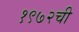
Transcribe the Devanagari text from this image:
१९७२ची